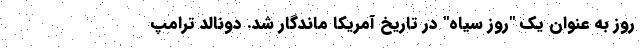
روز به عنوان یک "روز سیاه" در تاریخ آمریکا ماندگار شد. دونالد ترامپ